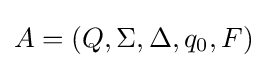
A=(Q,\Sigma ,\Delta ,q_{0},F)